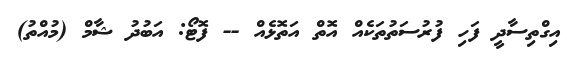
އިގްތިސާދީ ފަހި ފުރުސަތުތަކެއް އޮތް އަތޮޅެއް -- ފޮޓޯ: އަބުދު ޝާމް (މުއްތު)